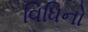
વિધિનો